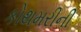
કોથમરીની